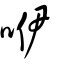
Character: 咿